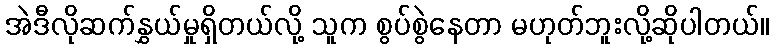
အဲဒီလိုဆက်နွှယ်မှုရှိတယ်လို့ သူက စွပ်စွဲနေတာ မဟုတ်ဘူးလို့ဆိုပါတယ်။